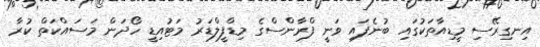
އިނގިރޭސި މީޑިއާތަކުގައި ބުނެފައި ވަނީ ފްރާންސްގެ މިޑްފީލްޑަރު މަޓުއިޑީ ހޯދަން މަސައްކަތް ކުރާ